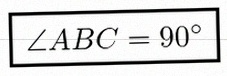
\angle ABC=90^\circ